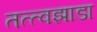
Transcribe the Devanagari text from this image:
तत्त्वझाडा